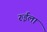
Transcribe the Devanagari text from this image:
रुईला